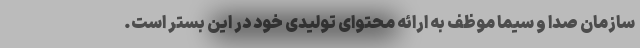
سازمان صدا و سیما موظف به ارائه محتوای تولیدی خود در این بستر است.